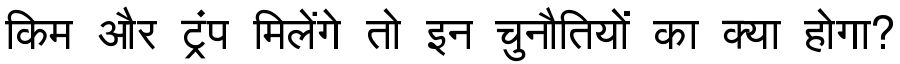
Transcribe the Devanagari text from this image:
किम और ट्रंप मिलेंगे तो इन चुनौतियों का क्या होगा?